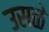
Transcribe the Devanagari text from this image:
उसळे